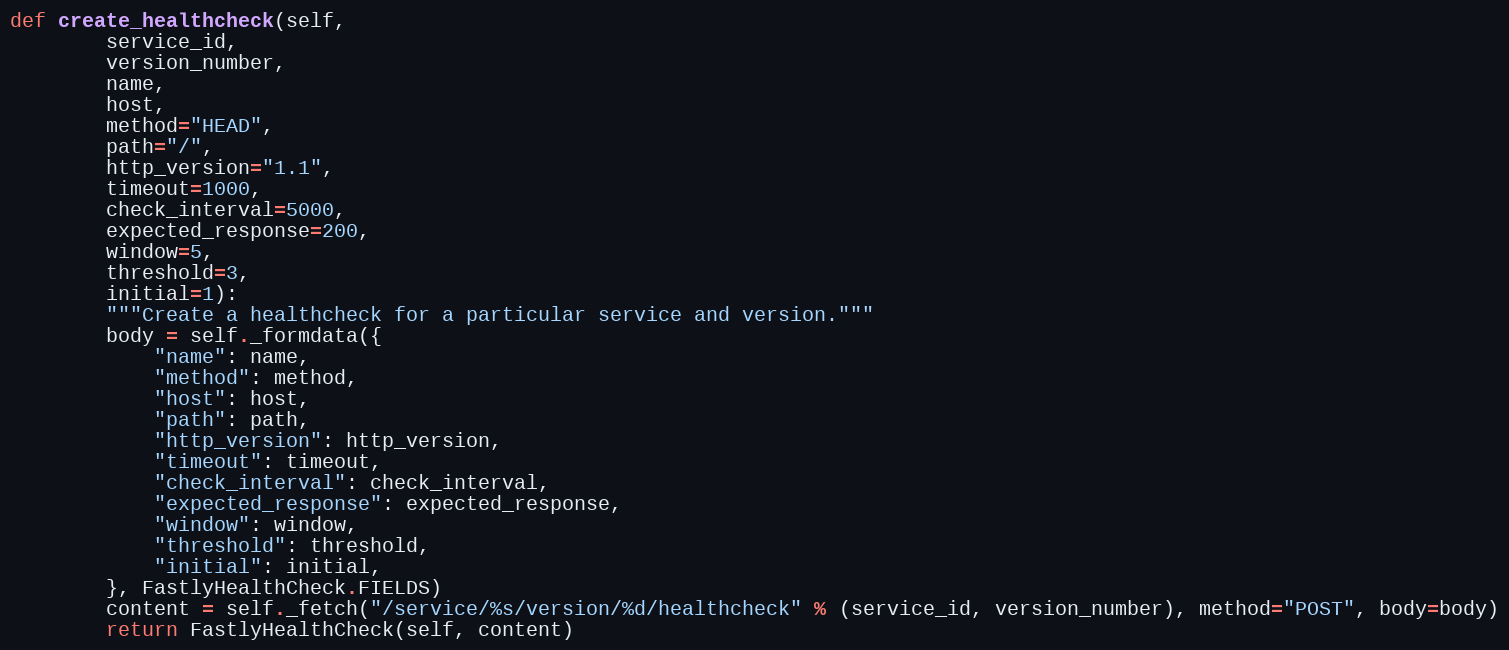
Language: Python
def create_healthcheck(self,
		service_id,
		version_number,
		name,
		host,
		method="HEAD",
		path="/",
		http_version="1.1",
		timeout=1000,
		check_interval=5000,
		expected_response=200,
		window=5,
		threshold=3,
		initial=1):
		"""Create a healthcheck for a particular service and version."""
		body = self._formdata({
			"name": name,
			"method": method,
			"host": host,
			"path": path,
			"http_version": http_version,
			"timeout": timeout,
			"check_interval": check_interval,
			"expected_response": expected_response,
			"window": window,
			"threshold": threshold,
			"initial": initial,
		}, FastlyHealthCheck.FIELDS)
		content = self._fetch("/service/%s/version/%d/healthcheck" % (service_id, version_number), method="POST", body=body)
		return FastlyHealthCheck(self, content)